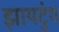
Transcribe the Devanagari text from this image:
झायटुंग